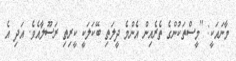
މާނައަކީ: ''މީސްތަކުންގެ ތެރެއިން އެންމެ ދީލަތި ބޭކަލަކީ ކީރިތި ރަސޫލާއެވެ. އަދި އެ